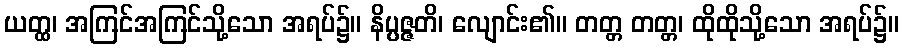
ယတ္ထ၊ အကြင်အကြင်သို့သော အရပ်၌။ နိပ္ပဇ္ဇတိ၊ လျောင်း၏။ တတ္တ တတ္တ၊ ထိုထိုသို့သော အရပ်၌။